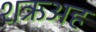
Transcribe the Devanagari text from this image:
शऋअह